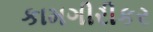
કામગીરીકર